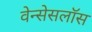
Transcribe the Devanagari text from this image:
वेन्सेसलॉस